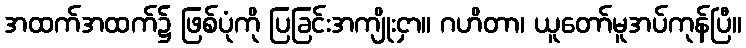
အထက်အထက်၌ ဖြစ်ပုံကို ပြခြင်းအကျိုးငှာ။ ဂဟိတာ၊ ယူတော်မူအပ်ကုန်ပြီ။